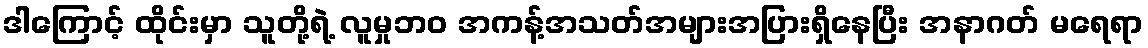
ဒါကြောင့် ထိုင်းမှာ သူတို့ရဲ့ လူမှုဘ၀ အကန့်အသတ်အများအပြားရှိနေပြီး အနာဂတ် မရေရာ